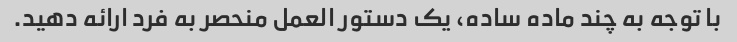
با توجه به چند ماده ساده، یک دستور العمل منحصر به فرد ارائه دهید.